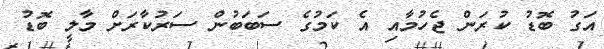
އަގު ބޮޑު ކުރަން ޖެހުމާއި އެ ކަމުގެ ސަބަބުން ސަރުކާރަށް މާލީ ބޮޑު